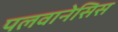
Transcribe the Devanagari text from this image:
पलवानेसिस